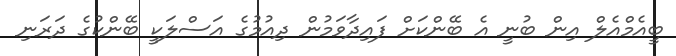
ބީއެމްއެލް އިން ބުނީ އެ ބޭންކަށް ފައިދާވަމުން ދިއުމުގެ އަސްލަކީ ބޭންކުގެ ދަރަނި